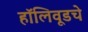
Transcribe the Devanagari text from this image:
हॉलिवूडचे